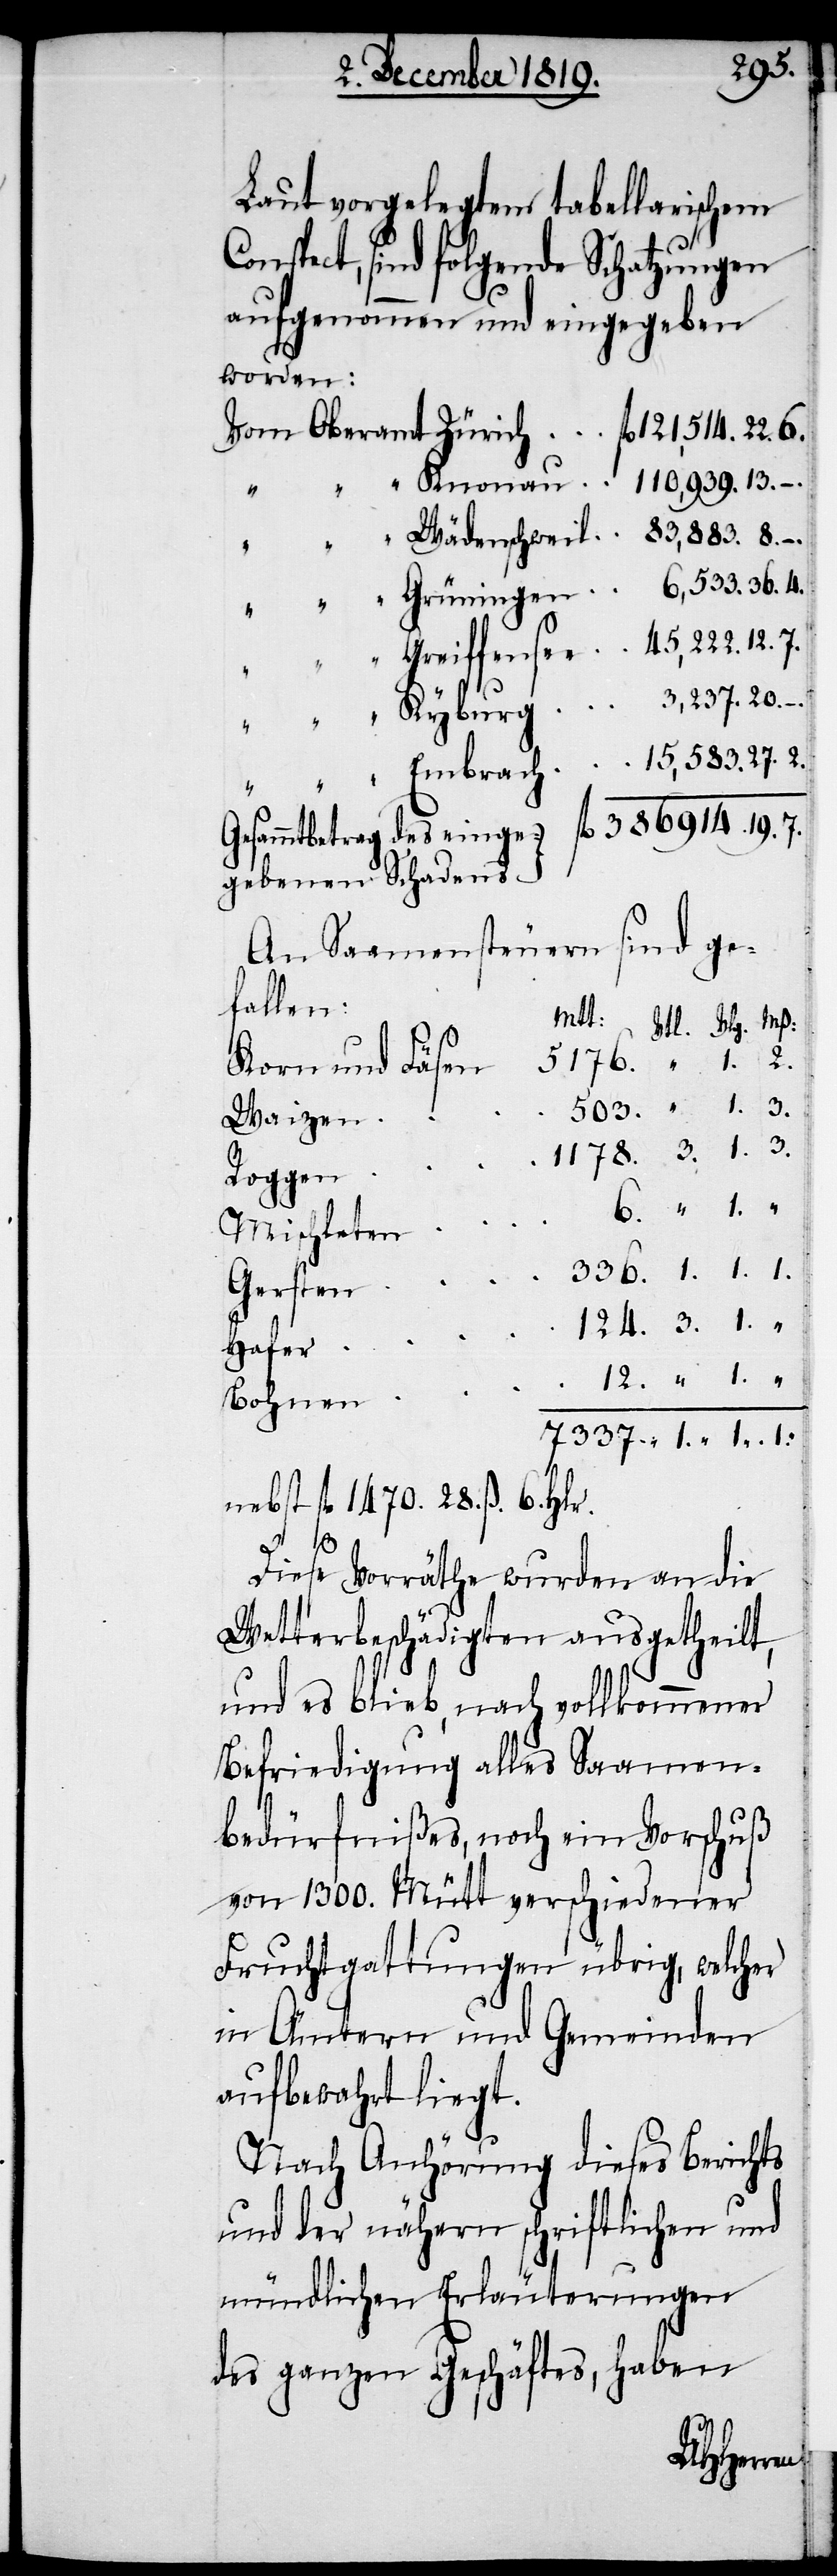
Laut vorgelegtem tabellarischem
pect, sind folgende Schatzungen
aufgenommen und eingegeben
worden:
6.
An Saamensteuern sind ge¬
fallen:
Korn und Fäsen
Waizen
Roggen
Mischleten
7337.
Gersten
Hafer
Bohnen
nebst fl. 1470. 28. ß. 6. Hlr.
1.
Diese Vorräthe wurden an die
Wetterbeschädigten ausgetheilt,
und es blieb, nach vollkommener
Befriedigung alles Saamen¬
bedürfnißes, noch ein Vorschuß
von 1300. Mütt verschiedener
Fruchtgattungen übrig, welcher
in Ämtern und Gemeinden
aufbewahrt liegt.
Nach Anhörung dieses Berichts
und der nähern schriftlichen und
mündlichen Erläuterungen
des ganzen Geschäftes, haben
Schadens